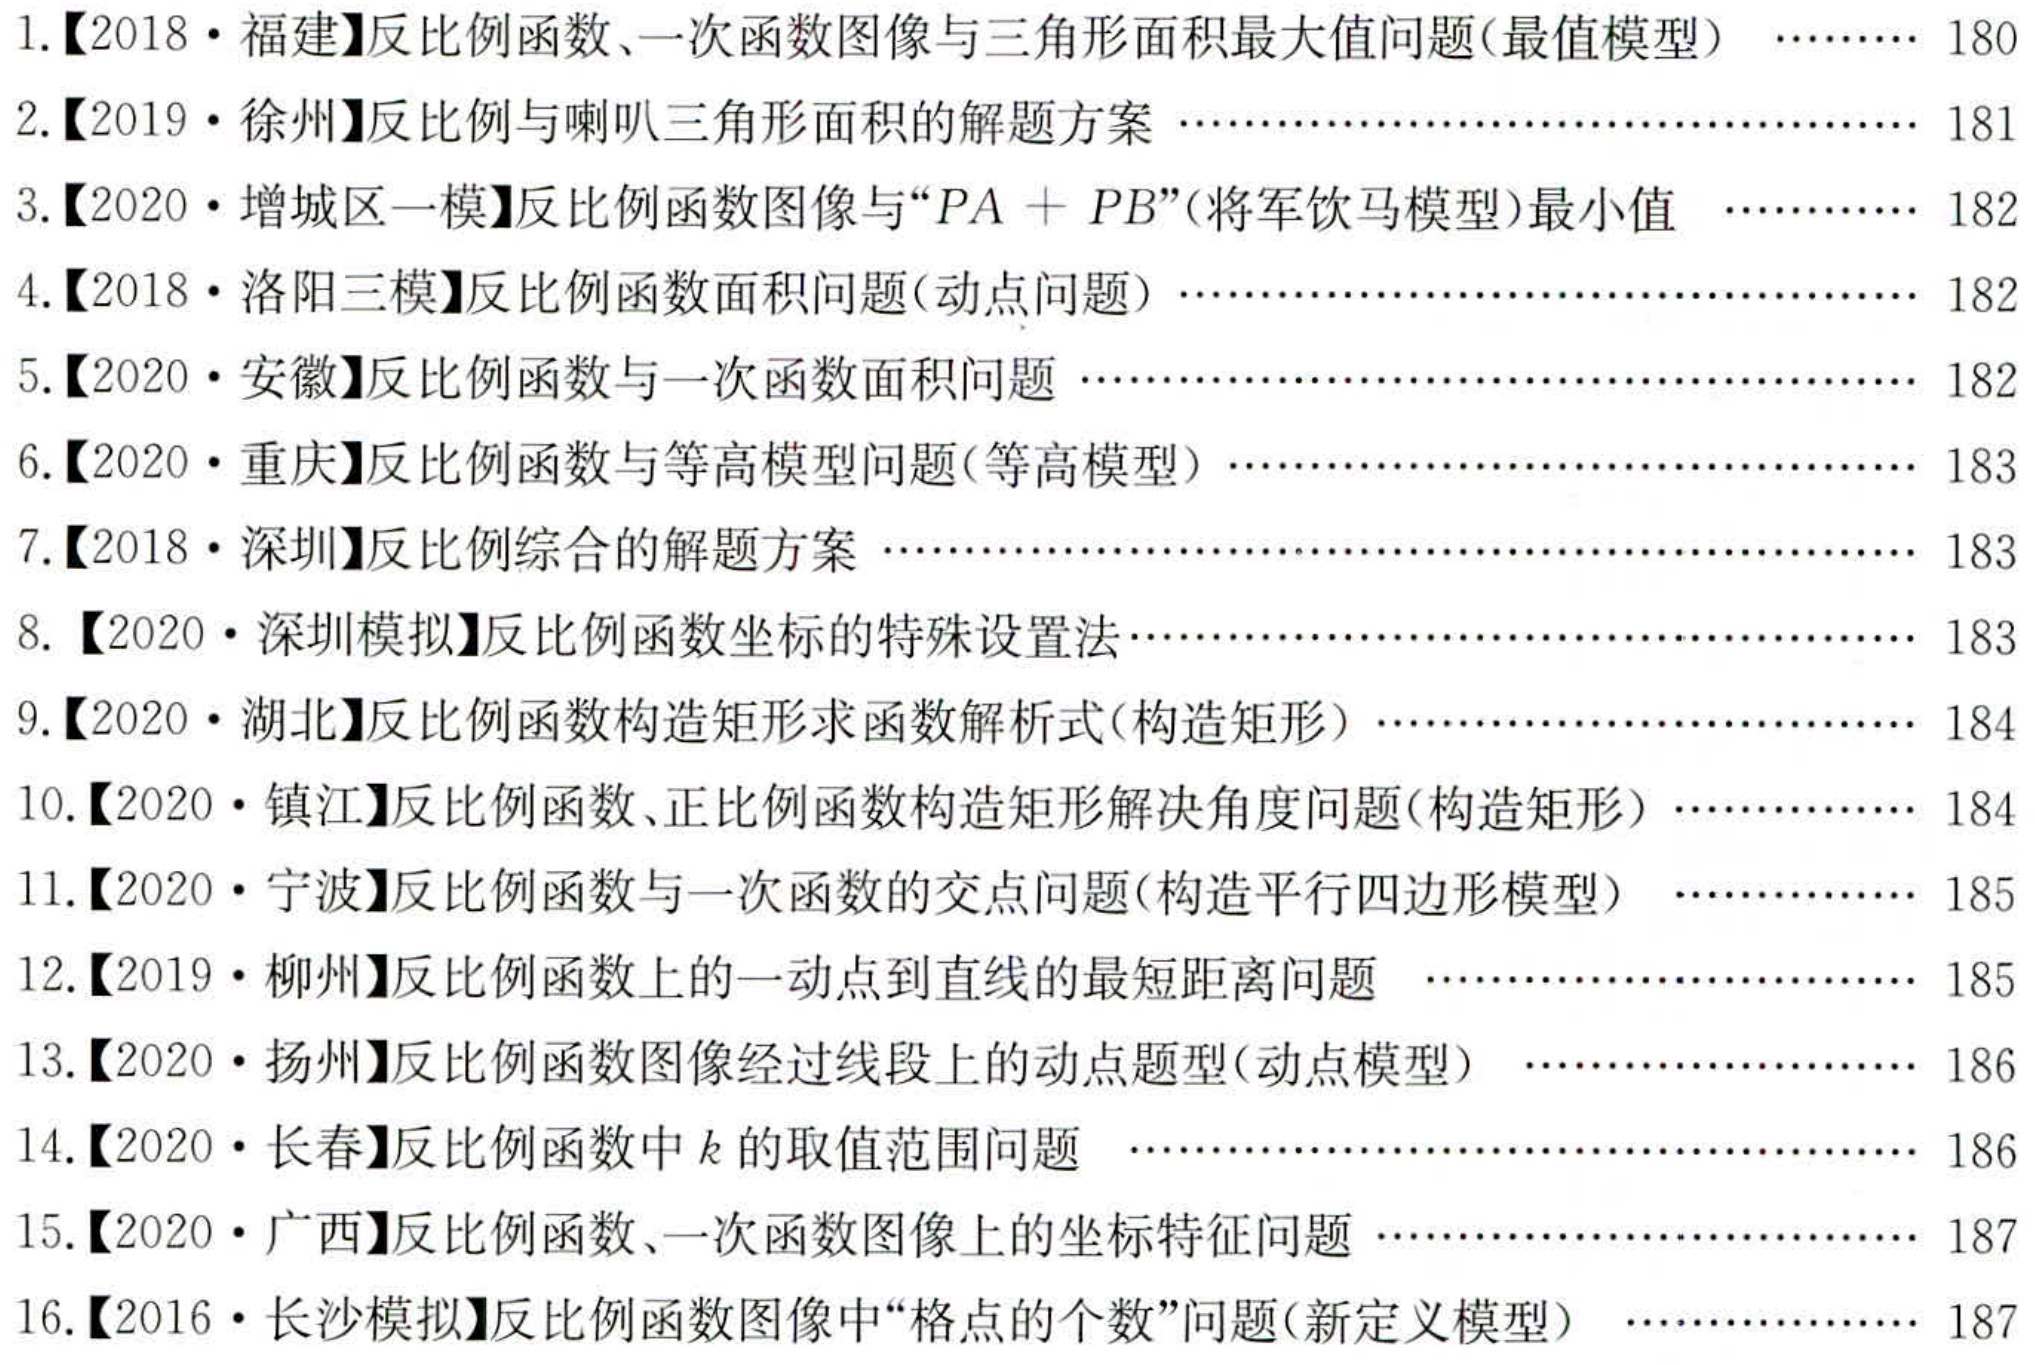
1.【2018·福建】反比例函数、一次函数图像与三角形面积最大值问题(最值模型) ……… 180
2.【2019·徐州】反比例与喇叭三角形面积的解题方案 …………………………………… 181
3.【2020·增城区一模】反比例函数图像与“\(PA + PB\)”(将军饮马模型)最小值 ……… 182
4.【2018·洛阳三模】反比例函数面积问题(动点问题) …………………………………… 182
5.【2020·安徽】反比例函数与一次函数面积问题 ………………………………………… 182
6.【2020·重庆】反比例函数与等高模型问题(等高模型) ………………………………… 183
7.【2018·深圳】反比例综合的解题方案 ………………………………………………… 183
8. 【2020·深圳模拟】反比例函数坐标的特殊设置法……………………………………… 183
9.【2020·湖北】反比例函数构造矩形求函数解析式(构造矩形) ………………………… 184
10.【2020·镇江】反比例函数、正比例函数构造矩形解决角度问题(构造矩形) …………… 184
11.【2020·宁波】反比例函数与一次函数的交点问题(构造平行四边形模型) ………… 185
12.【2019·柳州】反比例函数上的一动点到直线的最短距离问题 ……………………… 185
13.【2020·扬州】反比例函数图像经过线段上的动点题型(动点模型) …………………… 186
14.【2020·长春】反比例函数中\(k\)的取值范围问题 ……………………………………… 186
15.【2020·广西】反比例函数、一次函数图像上的坐标特征问题 ………………………… 187
16.【2016·长沙模拟】反比例函数图像中“格点的个数”问题(新定义模型) ……………… 187